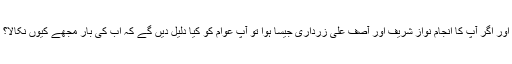
اور اگر آپ کا انجام نواز شریف اور آصف علی زرداری جیسا ہوا تو آپ عوام کو کیا دلیل دیں گے کہ اب کی بار مجھے کیوں نکالا؟